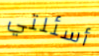
أسئلتي